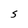
Character: S